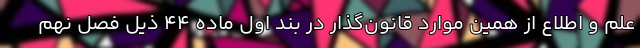
علم و اطلاع از همین موارد قانون‌گذار در بند اول ماده ۴۴ ذیل فصل نهم